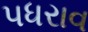
પધરાવ